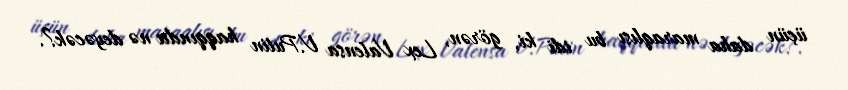
üçün daha maraqlısı bu idi ki, görən, Lex Valensa V.Putin haqqında nə deyəcək?.